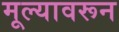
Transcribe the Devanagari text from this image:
मूल्यावरून